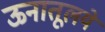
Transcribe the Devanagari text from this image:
ऊनातूलये